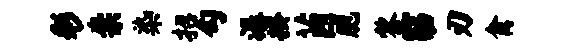
彩柰染招勾潺揆茵胞黎窈刃禽